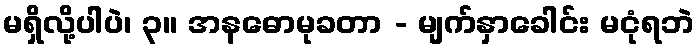
မရှိလို့ပါပဲ၊ ၃။ အနဓောမုခတာ - မျက်နှာခေါင်း မငုံရဘဲ